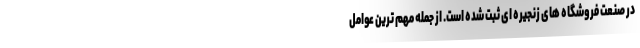
در صنعت فروشگاه های زنجیره ای ثبت شده است. از جمله مهم ترین عوامل